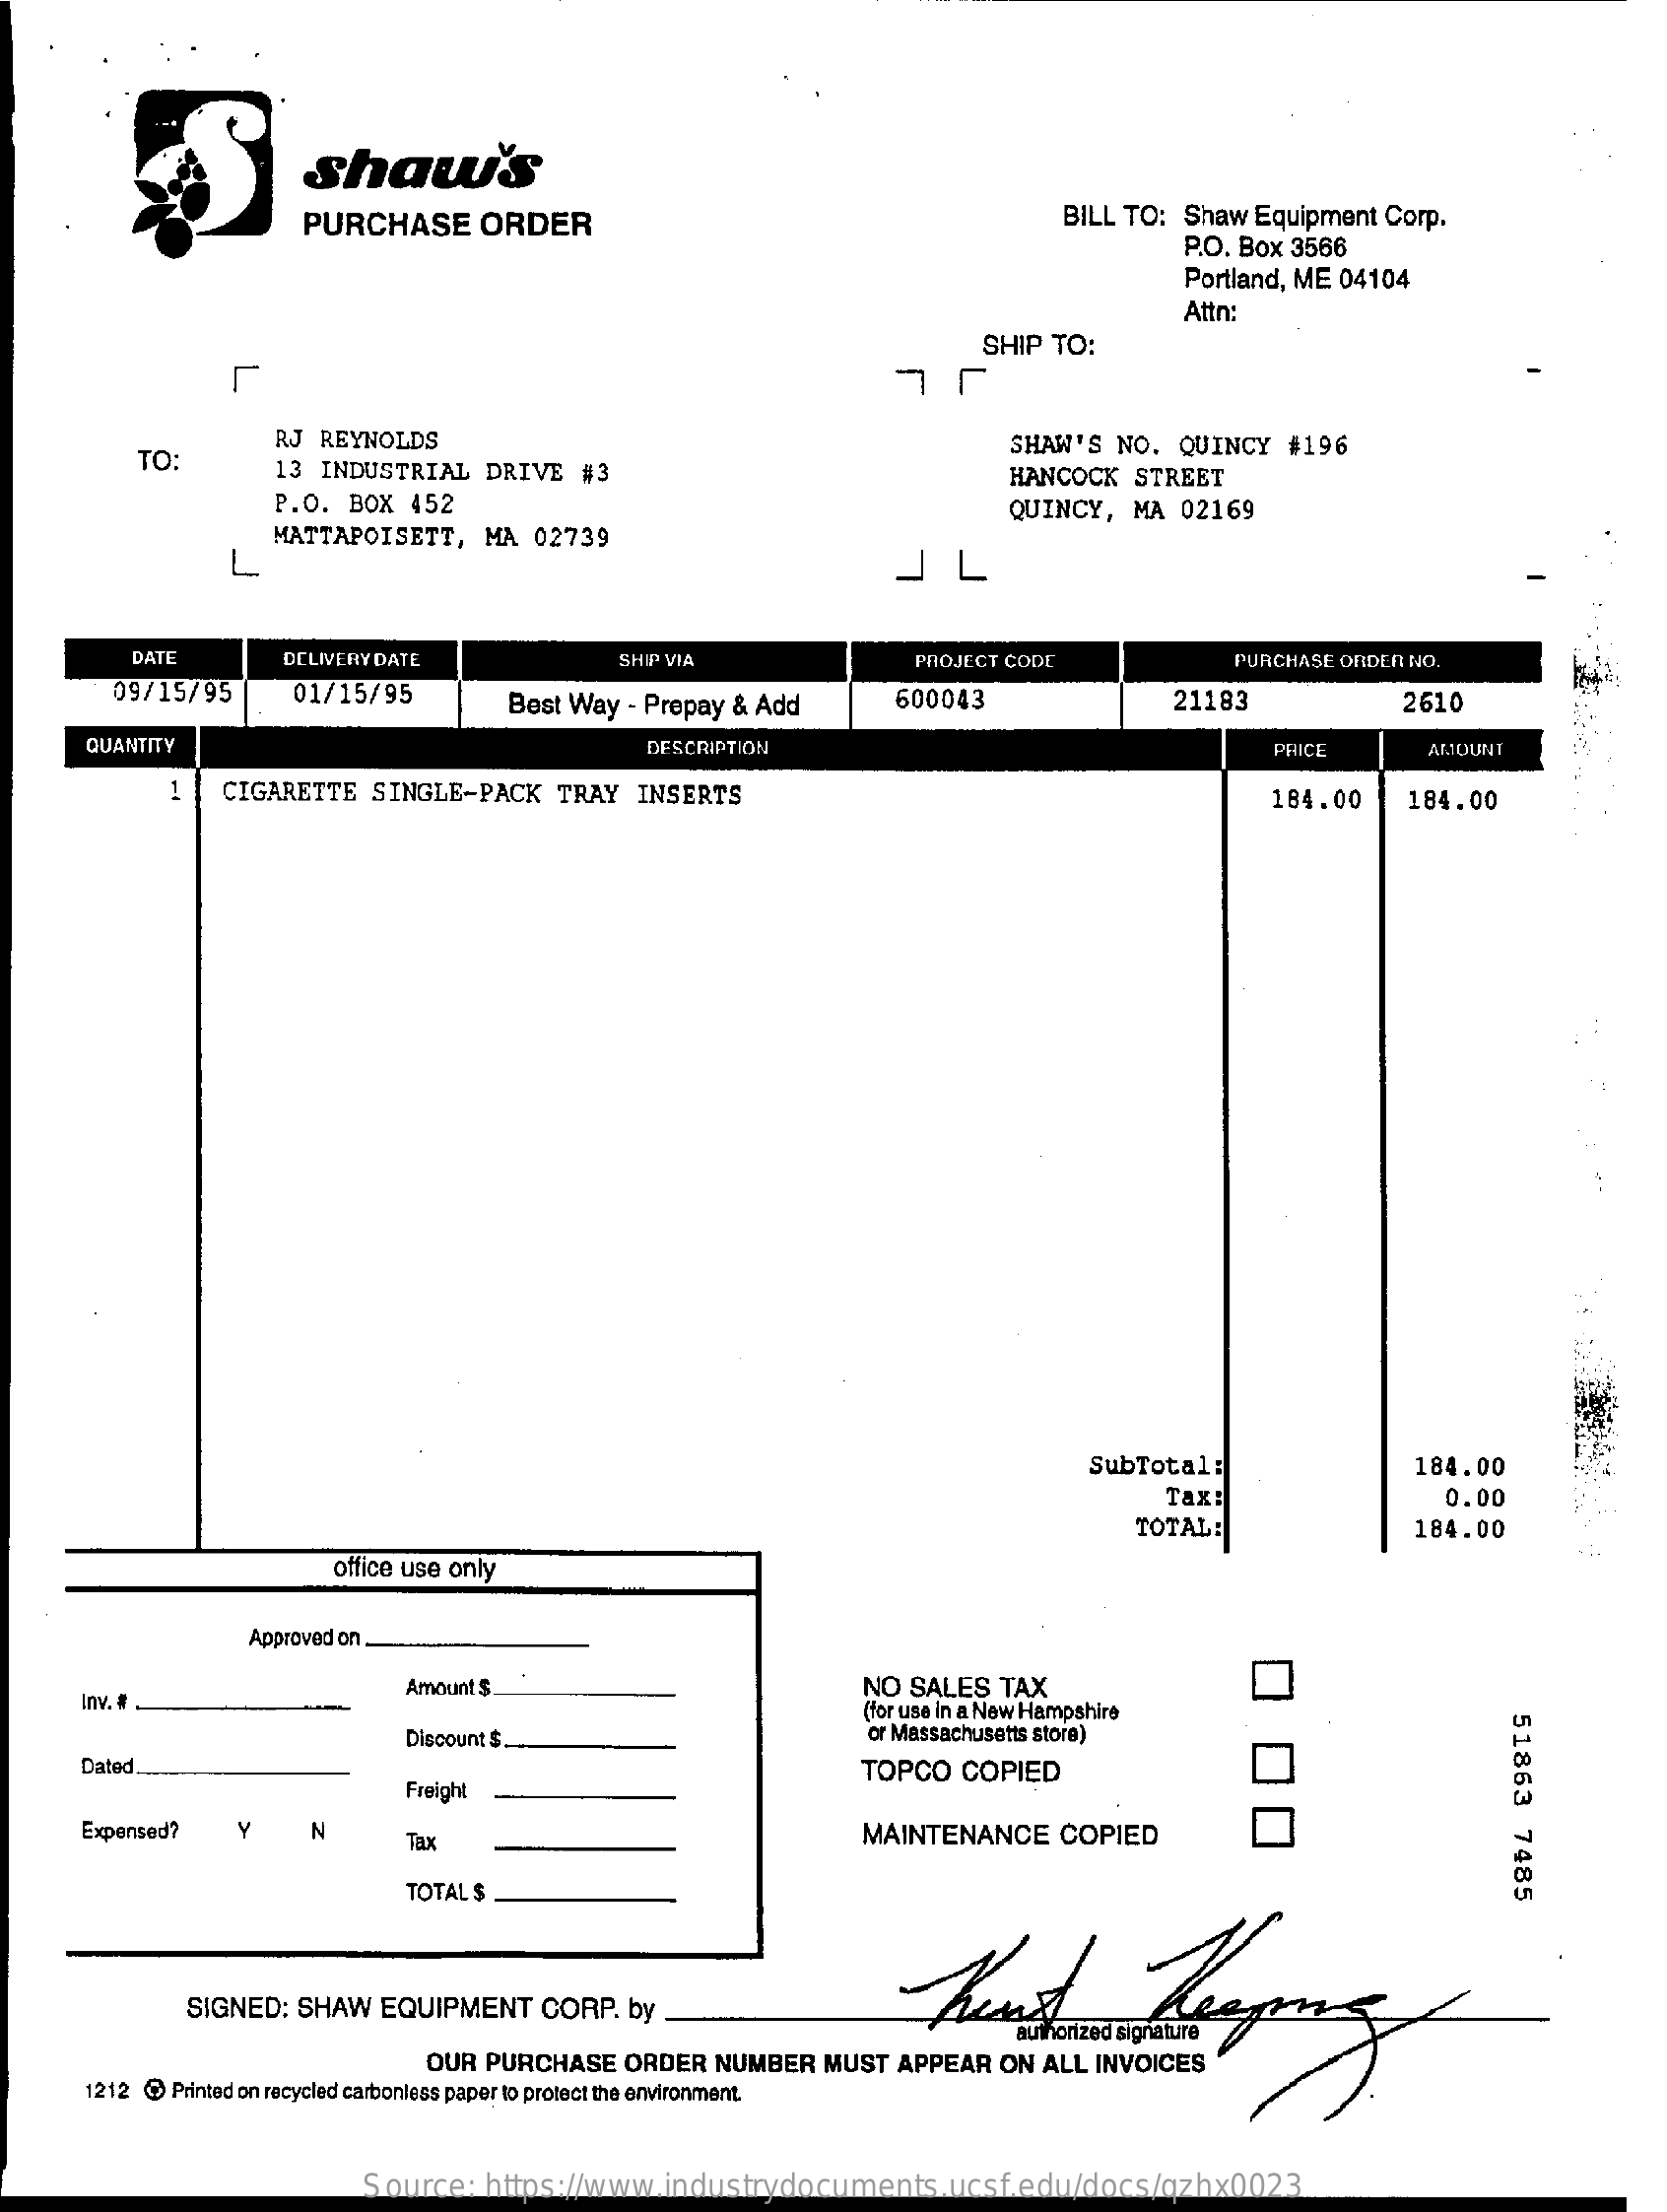
Shaw's
     PURCHASE    ORDER    BILL  TO:  Shaw   Equipment   Corp.
     P.O. Box  3566
     Portland, ME 04104
     Attn:
     SHIP  TO:
     TO:
     RJ  REYNOLDS
     13  INDUSTRIAL    DRIVE    #3
     SHAW'S   NO.   QUINCY    #196
     P.O.  BOX  452
     HANCOCK    STREET
     QUINCY,   MA   02169
     L
     MATTAPOISETT,    MA   02739
     JL
     DATE    DELIVERY DATE    SHIP VIA    PROJECT CODE    PURCHASE  ORDER NO.
     09/15/95    01/15/95    Best Way  - Prepay  & Add    600043    21183    2610
     QUANTITY    DESCRIPTION    PRICE    AMOUNT
     1   CIGARETTE    SINGLE-PACK    TRAY   INSERTS
     -
     184.00    184.00
     SubTotal:    184.00
     Tax!    0.00
     TOTAL:    184.00
     office use only
     Approved on
     Inv.
     Amount S.    NO  SALES   TAX
     (for use in a New Hampshire
     51863
     7485
     Discount $.    or Massachusetts store)
     Dated.
     Freight
     TOPCO    COPIED
     Expensed?    N
     Tax    MAINTENANCE    COPIED
     TOTAL $
     SIGNED:   SHAW    EQUIPMENT    CORP.   by
     OUR  PURCHASE    ORDER   NUMBER    MUST   APPEAR   ON  ALL  INVOICES
     1212 @  Printed on recycled carbonless paper to protect the environment.
     Source:    https://www.industrydocuments.ucsf.edu/docs/qzhx0023